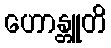
ဟောန္တူတိ